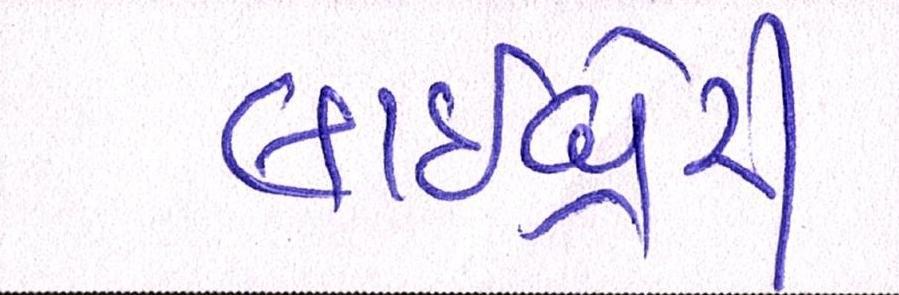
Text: લાઇબ્રેરી